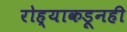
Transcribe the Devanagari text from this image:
रोह्याकडूनही